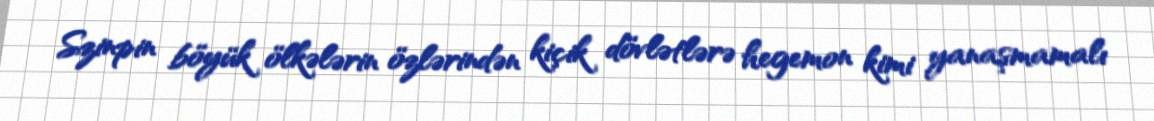
Szinpin böyük ölkələrin özlərindən kiçik dövlətlərə hegemon kimi yanaşmamalı